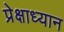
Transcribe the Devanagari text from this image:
प्रेक्षाध्यान